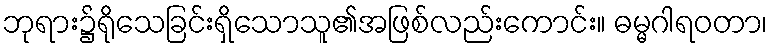
ဘုရား၌ရိုသေခြင်းရှိသောသူ၏အဖြစ်လည်းကောင်း။ ဓမ္မဂါရဝတာ၊